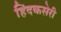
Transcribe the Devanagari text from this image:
हिंदकसेरी